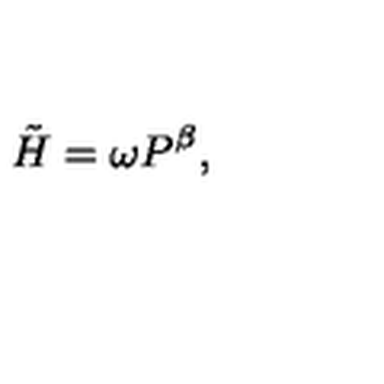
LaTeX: \tilde { H } = \omega P ^ { \beta } ,